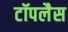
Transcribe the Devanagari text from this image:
टॉपलैस